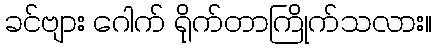
ခင်ဗျား ဂေါက် ရိုက်တာကြိုက်သလား။